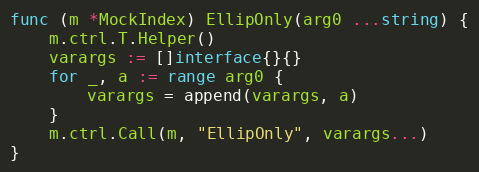
Language: Go
func (m *MockIndex) EllipOnly(arg0 ...string) {
	m.ctrl.T.Helper()
	varargs := []interface{}{}
	for _, a := range arg0 {
		varargs = append(varargs, a)
	}
	m.ctrl.Call(m, "EllipOnly", varargs...)
}